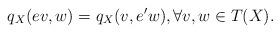
LaTeX: \begin{align*}q_X(ev,w)=q_X(v,e'w),\forall v,w\in T(X).\end{align*}